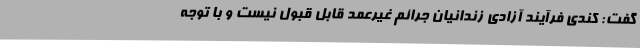
گفت: کندی فرآیند آزادی زندانیان جرائم غیرعمد قابل قبول نیست و با توجه